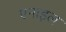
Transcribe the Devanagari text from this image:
एनाइल